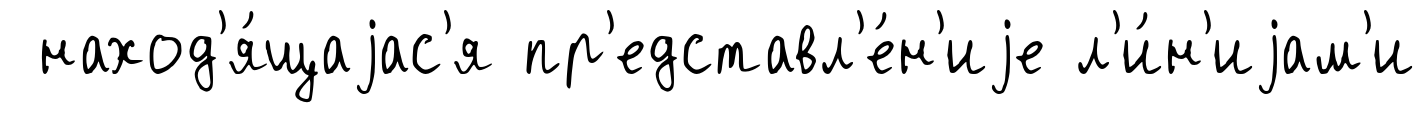
наход'я́щаjас'я пр'едставл'е́н'иjе л'и́н'иjам'и